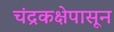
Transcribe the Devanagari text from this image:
चंद्रकक्षेपासून